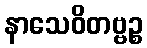
နာသေဝိတဗ္ဗဉ္စ